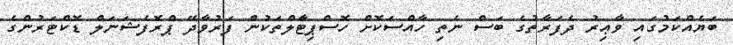
ބަޔެއްކަމުގައި ވާޢިރު ދެފަރާތުގެ ބަސް ނެތި ހާއްސަކޮށް ހޮސްޕިޓާަލްތަކުން ފަރުވާދޭ ޕްރޮފެޝަނަލް ޑޮކްޓަރުންގެ